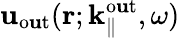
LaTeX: \mathbf{u}_{\mathrm{{o\mathbf{u}t}}}({\mathbf{r}};{\mathbf{k}}_{\parallel}^{\mathrm{{o\mathbf{u}t}}},\omega)